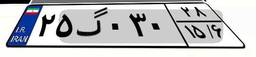
۸۶گ۸۴۹۶۵